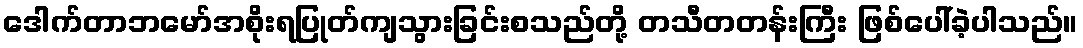
ဒေါက်တာဘမော်အစိုးရပြုတ်ကျသွားခြင်းစသည်တို့ တသီတတန်းကြီး ဖြစ်ပေါ်ခဲ့ပါသည်။